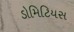
ડોમિટિયસ